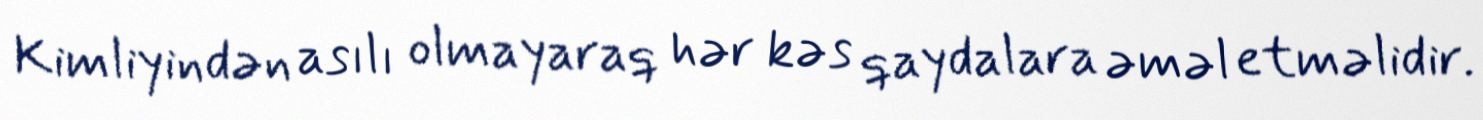
Kimliyindən asılı olmayaraq hər kəs qaydalara əməl etməlidir.